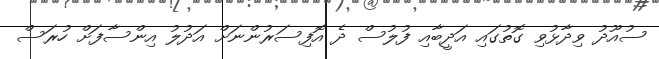
ސުއޫދު ވިދާޅުވި ގޮތުގައި އަދީބާއި ފުލުސް ދެ އޮފިސަރުންނަށް އަދުލު އިންސާފަށް ހުރަސް